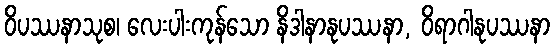
ဝိပဿနာသုစ၊ လေးပါးကုန်သော နိဒါနာနုပဿနာ, ဝိရာဂါနုပဿနာ